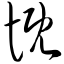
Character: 慨